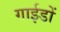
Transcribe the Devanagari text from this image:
गाईडों